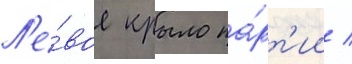
Л'е́вое крыло па́рт'ии /